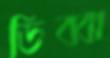
ডিব্বা